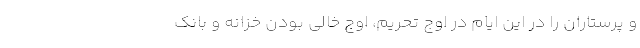
و پرستاران را در این ایام در اوج تحریم، اوج خالی بودن خزانه و بانک